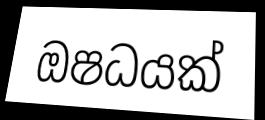
ඔෂධයක්